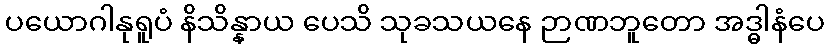
ပယောဂါနုရူပံ နိသိန္နာယ ပေသိ သုခသယနေ ဉာဏဘူတော အဒ္ဓါနံပေ